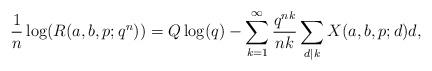
LaTeX: \begin{align*}\frac{1}{n}\log(R(a,b,p;q^n))=Q\log(q)-\sum^{\infty}_{k=1}\frac{q^{nk}}{nk}\sum_{d|k}X(a,b,p;d)d , \end{align*}